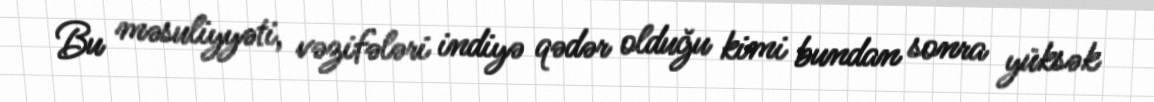
Bu məsuliyyəti, vəzifələri indiyə qədər olduğu kimi bundan sonra yüksək